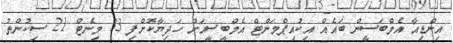
އިންޑިއާ އެމްބަސީން ބައެއް އިކުއިޕްމަންޓް އެމްބީސީއަށް ހަދިޔާކޮށްފި 33 މިނެޓް 21 ސިކުންތު